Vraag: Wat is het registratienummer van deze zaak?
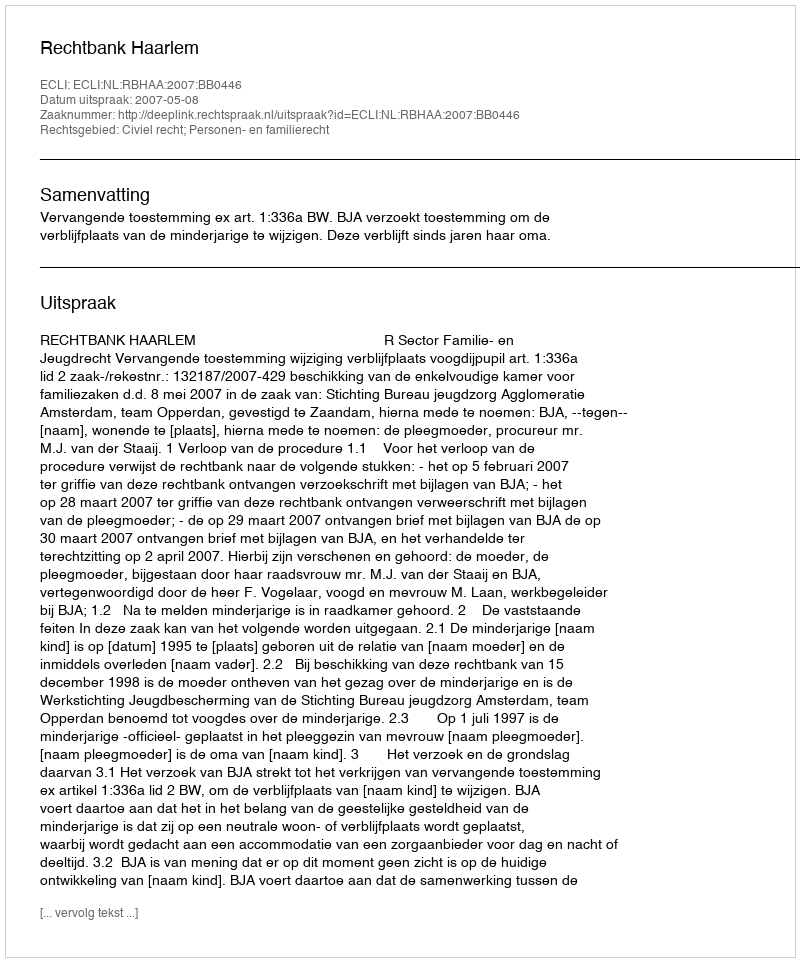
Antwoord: http://deeplink.rechtspraak.nl/uitspraak?id=ECLI:NL:RBHAA:2007:BB0446